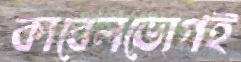
কাবেলভোগই